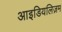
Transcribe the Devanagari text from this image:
आइडियलिज़म